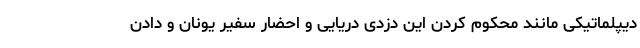
دیپلماتیکی مانند محکوم کردن این دزدی دریایی و احضار سفیر یونان و دادن